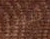
شيب